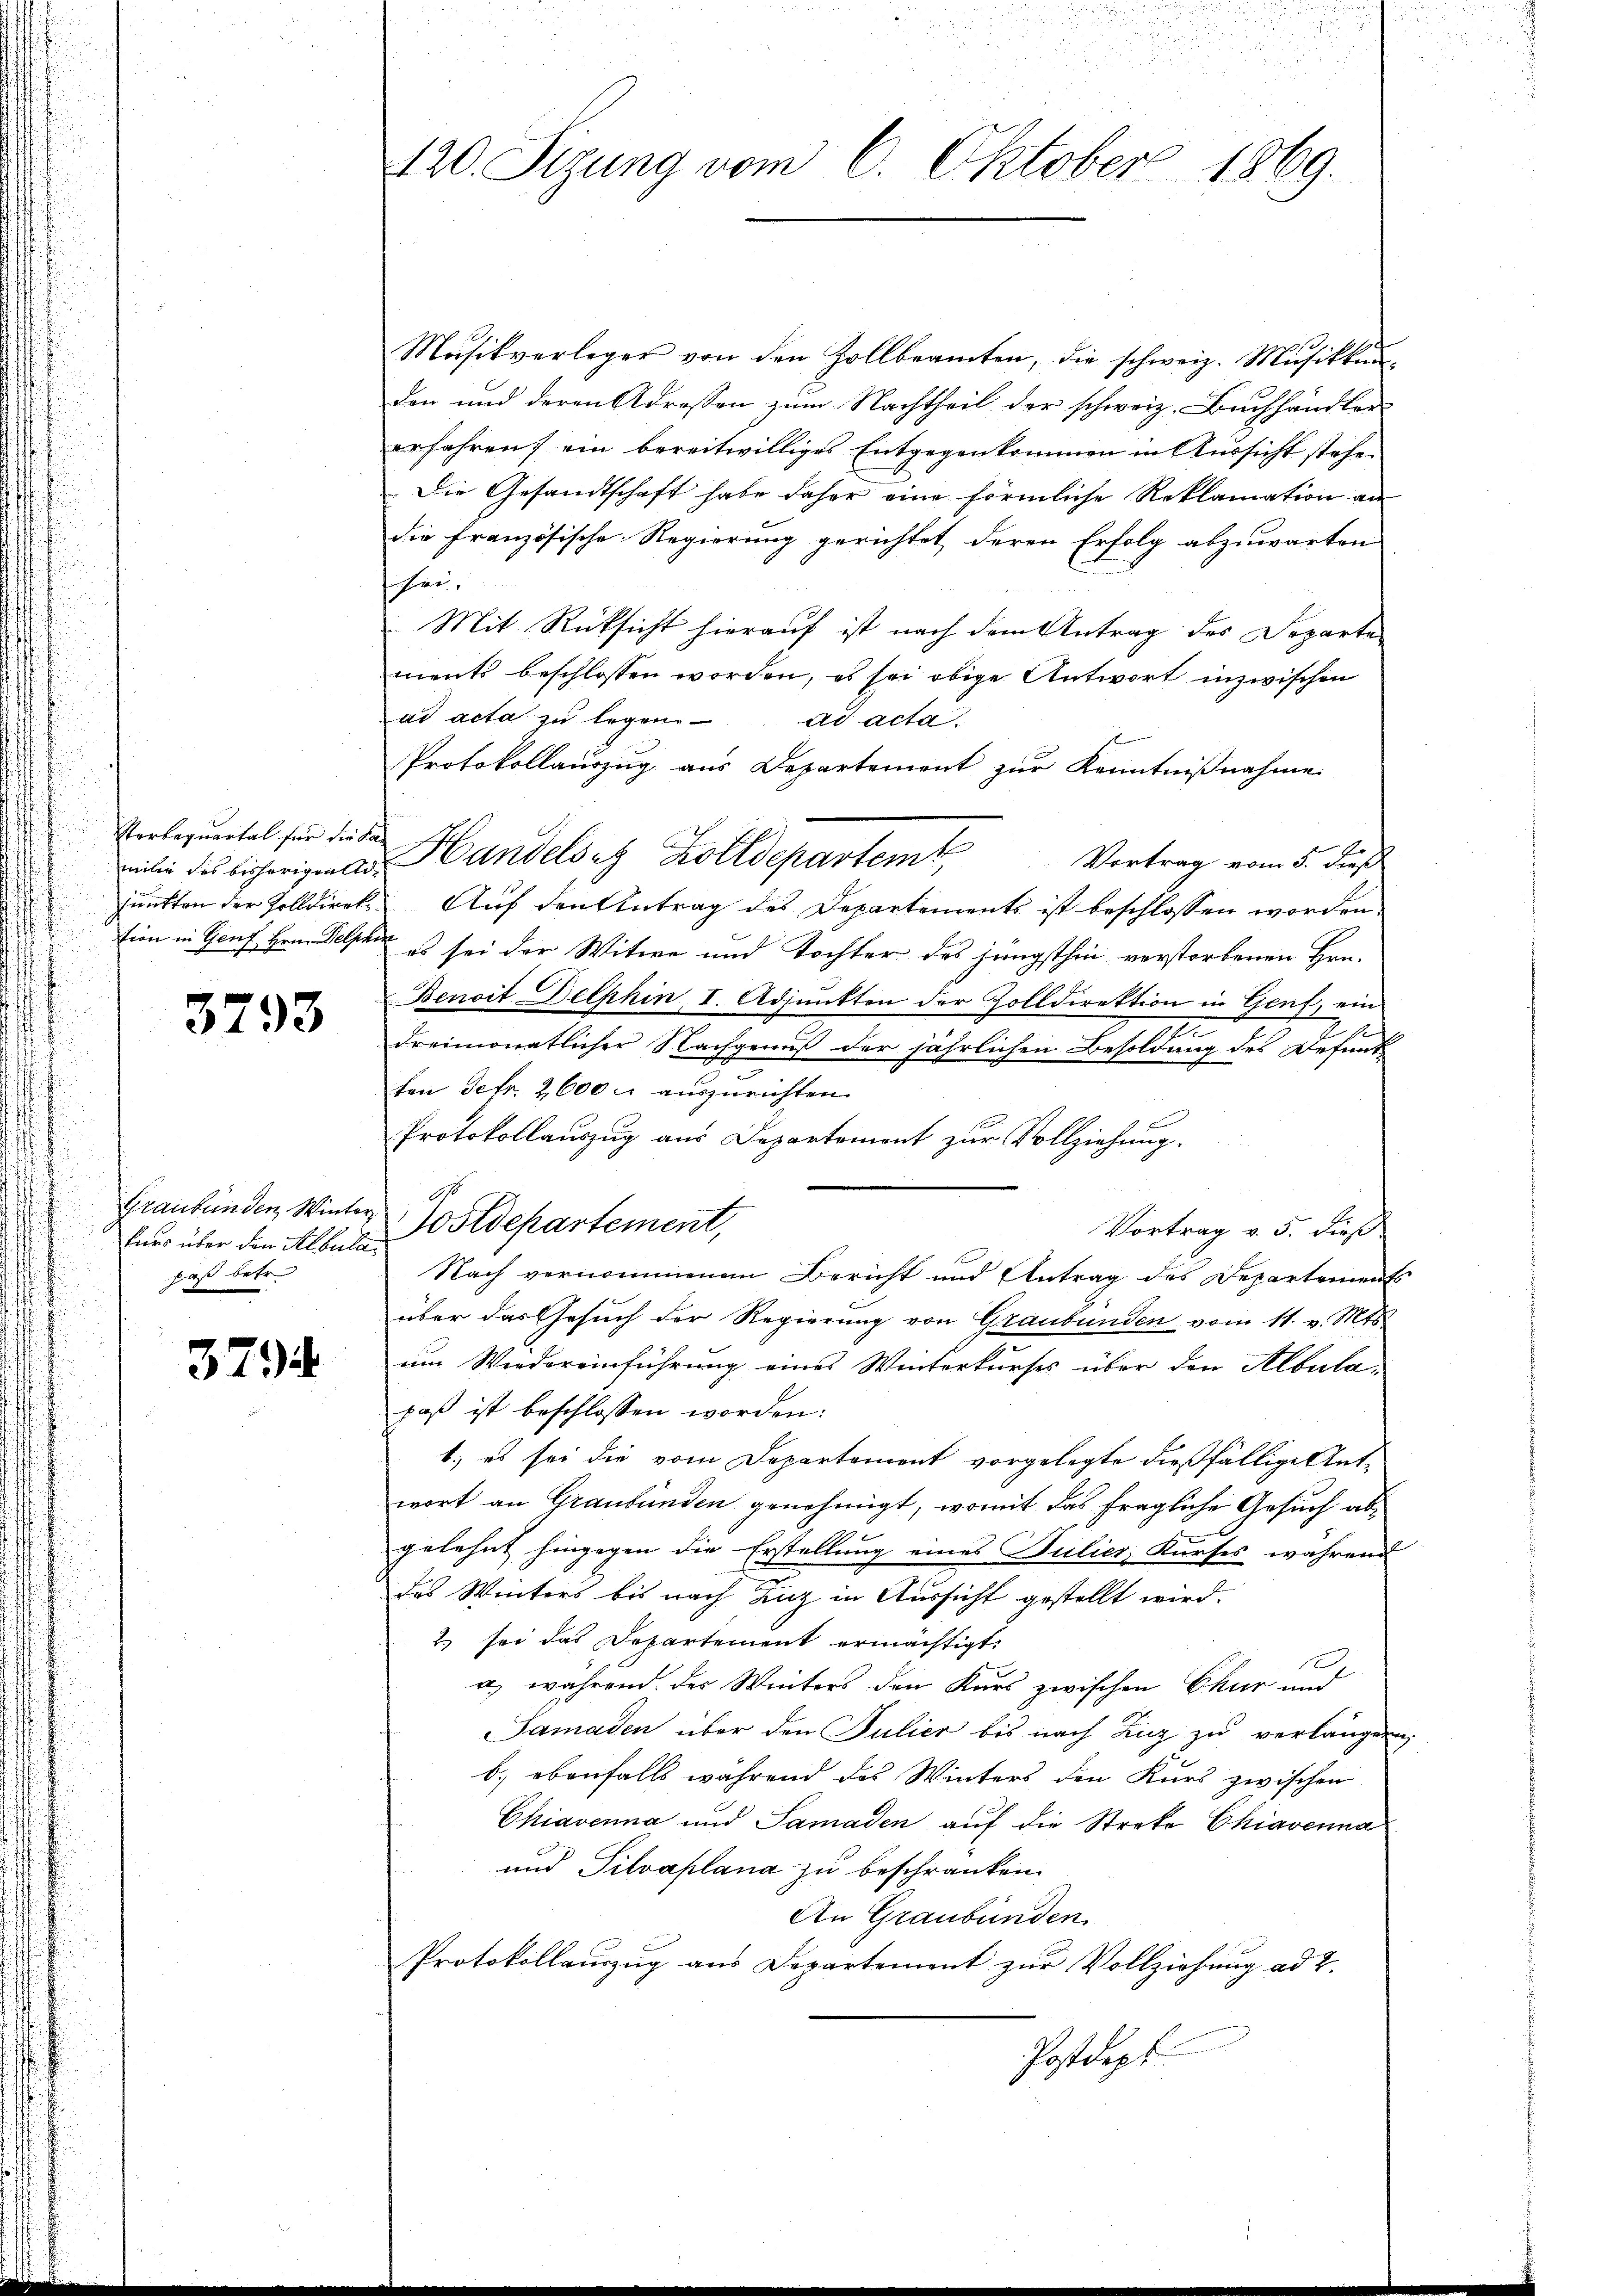
Verbaquartal für die Samilie des bisherigentl.
junkten der Zolldirek

3793

u
u
Graubünden Winter
kurs über den Albula
paß betr.

3794

20. Sizung vom 6. Oktober 1869.

Masikverleger von den Zollbeamten, die schweiz. Mŭsikkunden und deren Adrossen zum Nachtheil der schweiz. Buchhändler
erfahren; ein bereitwilliges Entgegenkommen in Aussicht stehen
Die Gesandtschaft habe daher eine förmliche Reklamation an
die französische Regierung gerichtet deren Erfolg abzuwarten
schrei
Mit Rücksicht hierauf ist nach dem Antrag des Departe
ments beschlossen worden, es sei obige Antwort inzwischen
ad acta zu legen. ad acta.
Protokollauszug aus Departement zur Kenntnißnahme

Handelst Zolldepartem Vortrag vom 5. dies
Auf den Antrag des Departements ist beschlossen worden.
Eine in Genf Hrrn. Geld es sei der Witwe und Tochter des jüngsthin verstorbenen Hrn.
Benoit Delphin, I. Adjunkten der Zolldirektion in Genf, ein
2
f
2
dreimonatlicher Nachgenuß der jährlichen Besoldung des Defund
ten Petr. 2600 auszurichten.
Protokollauszug aus Departement zur Vollziehung.
A
Postdepartement,
Vortrag v. 5. dieß
Nach vernommenen Bericht und Antrag des Departements
über das Gesuch der Regierung von Graubünden vom 11. v. Mts.
um Wiedereinführung eines Winterkurses über den Albulapaß ist beschlossen worden:
1.) es sei die vom Departement vorgelegte dießfällige Antwort an Graubünden genehmigt, womit das fragliche Gesuch abgelehnt hingegen die Erstellung eines Bulier, Kurses, während
das Winters bis nach Zuz in Aussicht gestellt wird.
2) sei das Departement ermächtigt.
1
a., während der Winters den Kurs zwischen Chur und
Samaden über den Julier bis nach Zug zu verlangen,
b.) ebenfalls während des Winters den Kurs zwischen
Chiavenna und Samaden auf die Streke Chiavenna
und Silvaplana zu beschränken.
An Graubünden
Protokollauszug aus Departement zur Vollziehung ad 2.
Postdepf